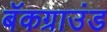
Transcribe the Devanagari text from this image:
बॅकग्राउंड